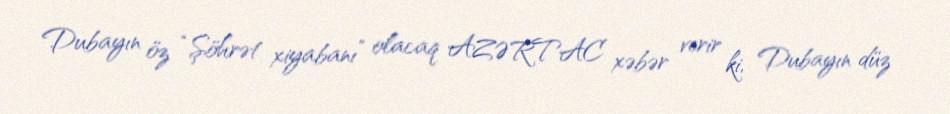
Dubayın öz “Şöhrət xiyabanı” olacaq AZƏRTAC xəbər verir ki, Dubayın düz